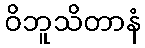
ဝိဘူသိတာနံ